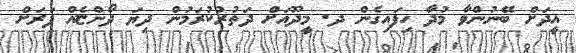
އީދަށް ބޭނުންވާ މުދާ ހިފައިގެން ދ. މީދޫއަށް ދަތުރުކުރަމުން ދިޔަ ދޯންޏެއް ފަރަށް